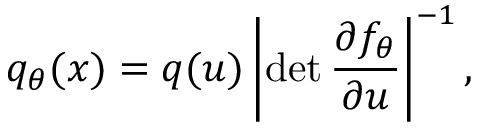
q _ { \theta } ( x ) = q ( u ) \left| { \operatorname* { d e t } \frac { \partial f _ { \theta } } { \partial u } } \right| ^ { - 1 } ,